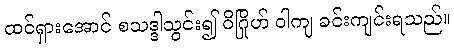
ထင်ရှားအောင် စသဒ္ဒါသွင်း၍ ဝိဂြိုဟ် ဝါကျ ခင်းကျင်းရသည်။